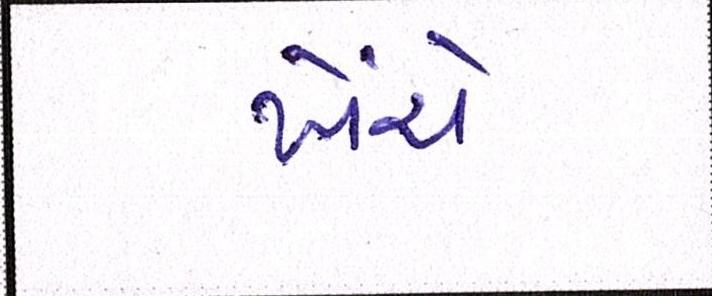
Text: ખેંચે